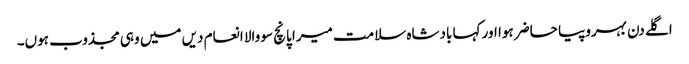
اگلے دن بہروپیا حاضر ہوا اور کہا بادشاہ سلامت میرا پانچ سو والا انعام دیں میں وہی مجذوب ہوں۔